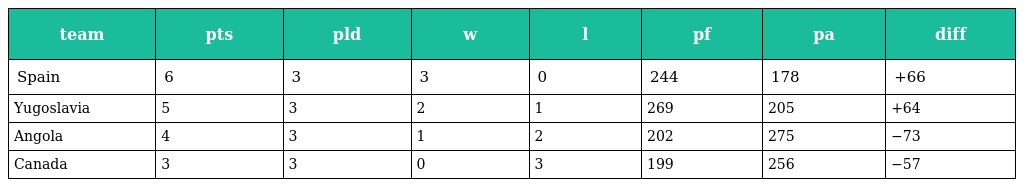
| team | pts | pld | w | l | pf | pa | diff |
 | --- | --- | --- | --- | --- | --- | --- | --- |
 | Spain | 6 | 3 | 3 | 0 | 244 | 178 | +66 |
 | Yugoslavia | 5 | 3 | 2 | 1 | 269 | 205 | +64 |
 | Angola | 4 | 3 | 1 | 2 | 202 | 275 | −73 |
 | Canada | 3 | 3 | 0 | 3 | 199 | 256 | −57 |